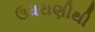
ઉધરાણીથી